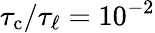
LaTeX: {\tau_{\mathrm{c}}}/{\tau_{\ell}}=10^{-2}